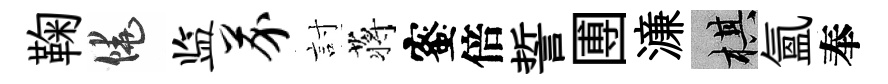
鞠饒监芥討蒋蜜倍誓圑濓棋氳奉